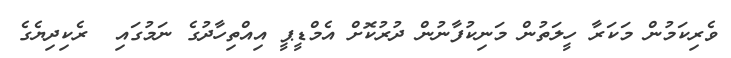
ވެރިކަމުން މަކަރާ ހީލަތުން މަނިކުފާނުން ދުރުކޮށް އެމްޑީޕީ އިއްތިހާދުގެ ނަމުގައި  ރެކިދިޔެގެ